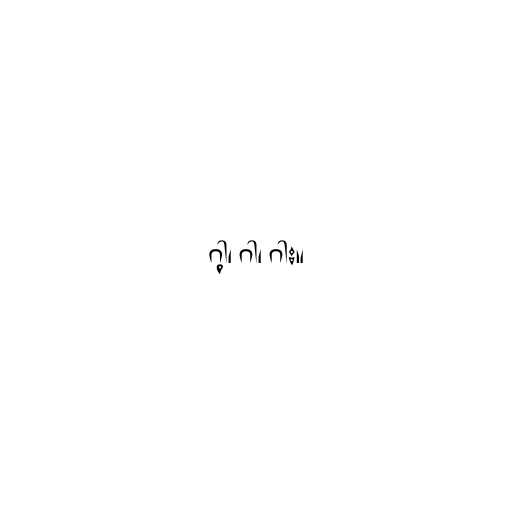
ဂါ့၊ ဂါ၊ ဂါး။